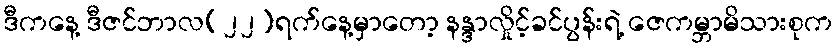
ဒီကနေ့ ဒီဇင်ဘာလ(၂၂)ရက်နေ့မှာတော့ နန္ဒာလှိုင့်ခင်ပွန်းရဲ့ ဇေကမ္ဘာမိသားစုက